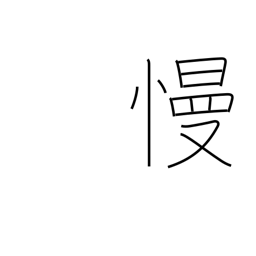
Meaning: ridicule